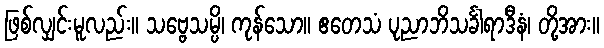
ဖြစ်လျှင်းမူလည်း။ သဗ္ဗေသမ္ပိ၊ ကုန်သော။ ဧတေသံ ပုညာဘိသင်္ခါရာဒီနံ၊ တို့အား။